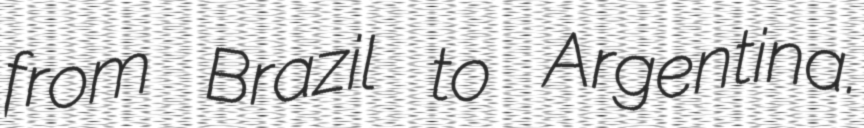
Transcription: from Brazil to Argentina.